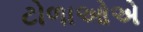
ટોળાઓએ